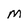
Character: M